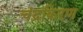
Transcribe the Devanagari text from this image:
चंद्रकिरण